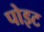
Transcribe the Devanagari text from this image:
पोइट